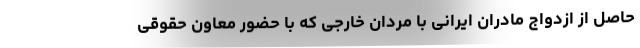
حاصل از ازدواج مادران ایرانی با مردان خارجی که با حضور معاون حقوقی